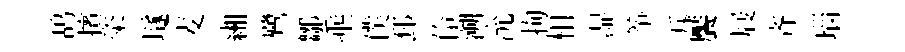
鸪擯粢𡑞麦緗鷺鄒埀僕邳伶溯沇拘相湿筝斥饜屐齐瑙